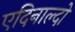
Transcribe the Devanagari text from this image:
एदिनाल्दो